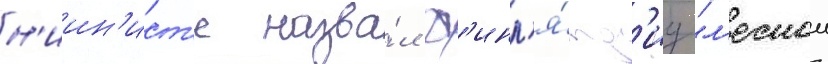
н'иин'ист'е назва́л ф'инл'я́нд'иу "л'еснои